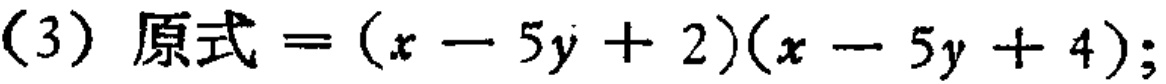
\[(3)\ 原式=(x - 5y + 2)(x - 5y + 4);\]